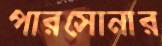
পারসোনার